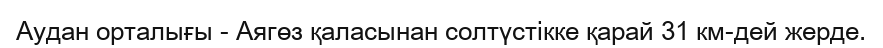
Аудан орталығы - Аягөз қаласынан солтүстікке қарай 31 км-дей жерде.